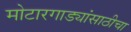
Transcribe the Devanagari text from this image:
मोटारगाड्यांसाठीचा